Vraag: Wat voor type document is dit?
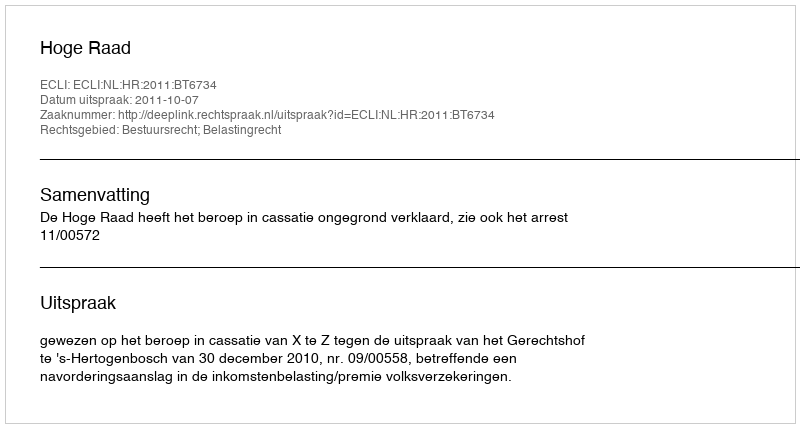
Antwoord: Uitspraak